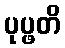
ပုပ္ဖတိ